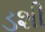
ડશી